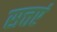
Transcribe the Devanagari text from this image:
सत्तएं